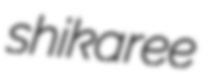
shikaree